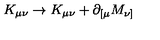
K _ { \mu \nu } \rightarrow K _ { \mu \nu } + \partial _ { [ \mu } M _ { \nu ] }